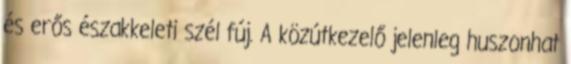
és erős északkeleti szél fúj. A közútkezelő jelenleg huszonhat